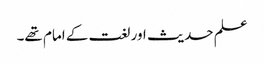
علم حدیث اور لغت کے امام تھے۔